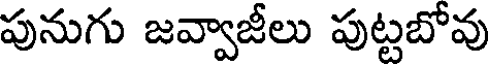
పునుగు జవ్వాజీలు పుట్టబోవు